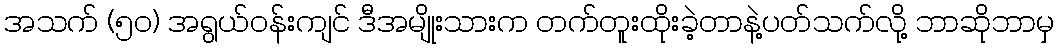
အသက် (၅၀) အရွယ်ဝန်းကျင် ဒီအမျိုးသားက တက်တူးထိုးခဲ့တာနဲ့ပတ်သက်လို့ ဘာဆိုဘာမှ